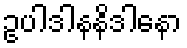
ဥပါဒါနနိဒါနော